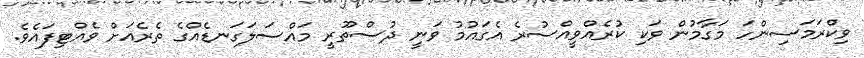
ވިކްރަމަސިންހަ މަގާމުން ވަކި ކުރެއްވީއްސުރެ އެގައުމު ވަނީ ދުސްތޫރީ މައްސަލަގަނޑެއްގެ ތެރެއަށް ވެއްޓިފައެވެ.